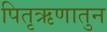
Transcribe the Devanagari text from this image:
पितृऋणातुन